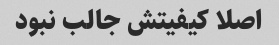
اصلا کیفیتش جالب نبود